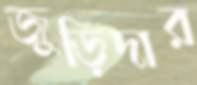
জুড়িদার